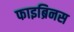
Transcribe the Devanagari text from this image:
फाइब्रिनस